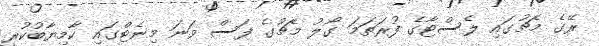
ރޭގެ މެޗުގައި ލެސްޓާގެ ފުރަތަމަ ގޯލު މެޗުގެ ފަސް ވަނަ މިނެޓްގައި ކާމިޔާބުކުރީ